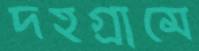
দহগ্রামে